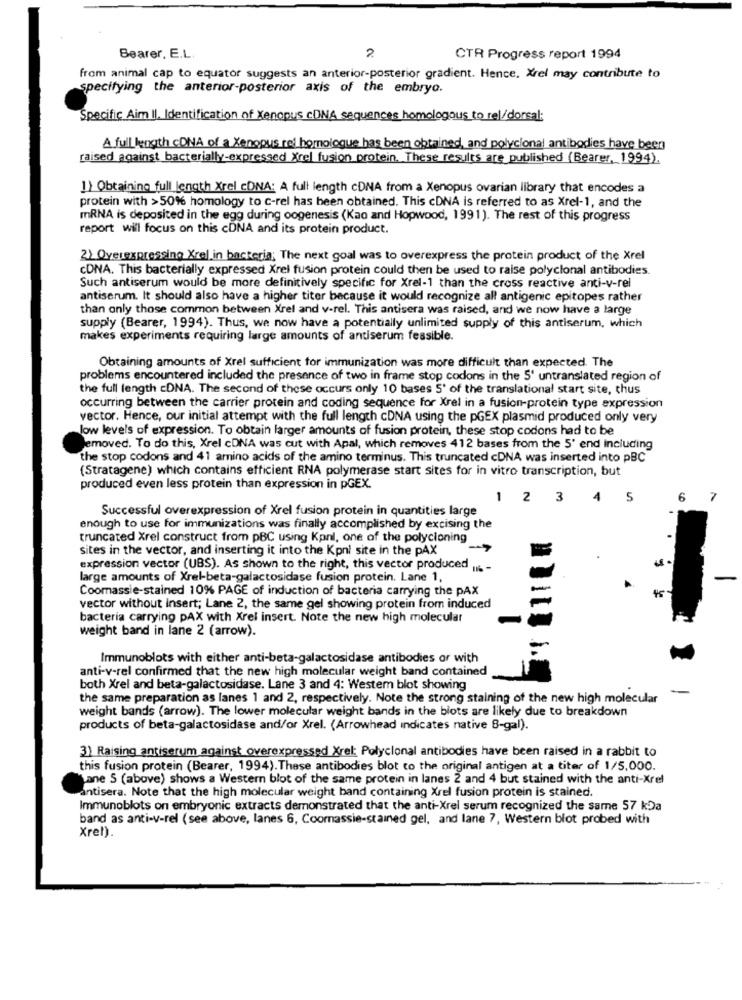
Bearer, E.L.
2
CTR Progress report 1994
from animal cap to equator suggests an anterior-posterior gradient. Hence, Xrel may contribute to
specifying the anterior-posterior axis of the embryo.
Specific Aim Il. Identification of Xenopus cDNA sequences homologous to rel/dorsal:
A full length cDNA of a Xenopus rel homologue has been obtained, and polyclonal antibodies have been
raised against bacterially-expressed Xrel fusion protein. These results are published (Bearer, 1994).
1) Obtaining full length Xrel cDNA: A full length cDNA from a Xenopus ovarian library that encodes a
protein with >50% homology to c-rel has been obtained. This cDNA is referred to as Xrel-1, and the
mRNA is deposited in the egg during oogenesis (Kao and Hopwood, 1991). The rest of this progress
report will focus on this cDNA and its protein product.
2) Overexpressing Xrel in bacteria; The next goal was to overexpress the protein product of the Xrel
cDNA. This bacterially expressed Xrel fusion protein could then be used to raise polyclonal antibodies.
Such antiserum would be more definitively specific for Xrel-1 than the cross reactive anti-v-rei
antiserum. It should also have a higher titer because it would recognize all antigenic epitopes rather
than only those common between Xrel and v-rel. This antisera was raised, and we now have a large
supply (Bearer, 1994). Thus, we now have a potentially unlimited supply of this antiserum, which
makes experiments requiring large amounts of antiserum feasible.
Obtaining amounts of Xrel sufficient for immunization was more difficult than expected. The
problems encountered included the presence of two in frame stop codons in the 5' untranslated region of
the full length =DNA. The second of these occurs only 10 bases 5' of the translational start site, thus
occurring between the carrier protein and coding sequence for Xrel in a fusion-protein type expression
vector. Hence, our initial attempt with the full length cDNA using the pGEX plasmid produced only very
low levels of expression. To obtain larger amounts of fusion protein, these stop codons had to be
lemoved. To do this, Xrel cDNA was cut with Apal, which removes 412 bases from the 5' end Including
the stop codons and 41 amino acids of the amino terminus. This truncated cDNA was inserted into pBC
(Stratagene) which contains efficient RNA polymerase start sites for in vitro transcription, but
produced even less protein than expression in pGEX.
1 2 3
4
5
6
7
Successful overexpression of Xrel fusion protein in quantities large
enough to use for immunizations was finally accomplished by excising the
truncated Xrel construct from pBC using Kpnl, one of the polycloning
sites in the vector, and inserting it into the Kpni site in the PAX
expression vector (UBS). As shown to the right, this vector produced ". -
large amounts of Xrel-beta-galactosidase fusion protein. Lane 1,
Coomassie-stained 10% PAGE of induction of bacteria carrying the pAX
-
45
vector without insert; Lane 2, the same gel showing protein from induced
bacteria carrying PAX with Xrel insert. Note the new high molecular
weight band in lane 2 (arrow).
Immunoblots with either anti-beta-galactosidase antibodies or with
anti-v-rel confirmed that the new high molecular weight band contained
both Xrel and beta-galactosidase. Lane 3 and 4: Westem blot showing
-
the same preparation as lanes 1 and 2, respectively. Note the strong staining of the new high molecular
weight bands (arrow). The lower molecular weight bands in the blots are likely due to breakdown
products of beta-galactosidase and/or Xrel. (Arrowhead indicates native 8-gal).
3) Raising antiserum against overexpressed Xrel: Polyclonal antibodies have been raised in a rabbit to
this fusion protein (Bearer, 1994). These antibodies blot to the original antigen at a titer of 1/5,000.
Lane S (above) shows a Western blot of the same protein in lanes 2 and 4 but stained with the anti-Xrel
antisera. Note that the high molecular weight band containing Xrel fusion protein is stained.
Immunoblots on embryonic extracts demonstrated that the anti-Xrel serum recognized the same 57 kDa
band as anti-v-rel (see above, lanes 6, Coornassie-stained gel, and lane 7, Western blot probed with
Xrel).